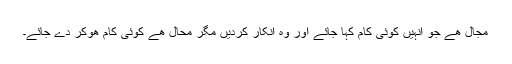
مجال ھے جو انہیں کوئی کام کہا جائے اور وہ انکار کردیں مگر محال ھے کوئی کام ھوکر دے جائے۔